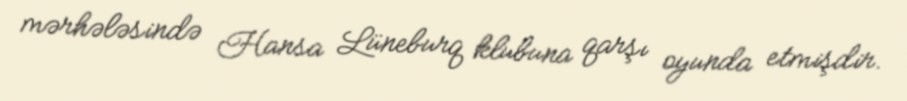
mərhələsində Hansa Lüneburq klubuna qarşı oyunda etmişdir.